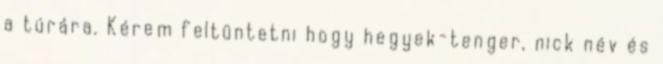
a túrára. Kérem feltüntetni hogy hegyek-tenger, nick név és